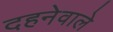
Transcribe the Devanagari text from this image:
दहनेवाले